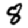
Digit: 8